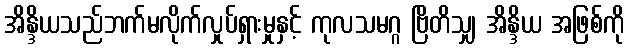
အိန္ဒိယသည်ဘက်မလိုက်လှုပ်ရှားမှုနှင့် ကုလသမဂ္ဂ ဗြိတိသျှ အိန္ဒိယ အဖြစ်ကို